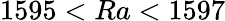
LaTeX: {1595<Ra<1597}